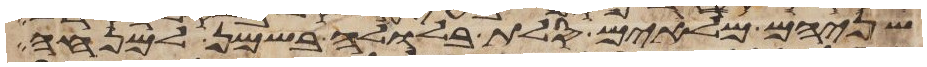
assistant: שניהם מלאים סלת בלולה בשמן למנחה